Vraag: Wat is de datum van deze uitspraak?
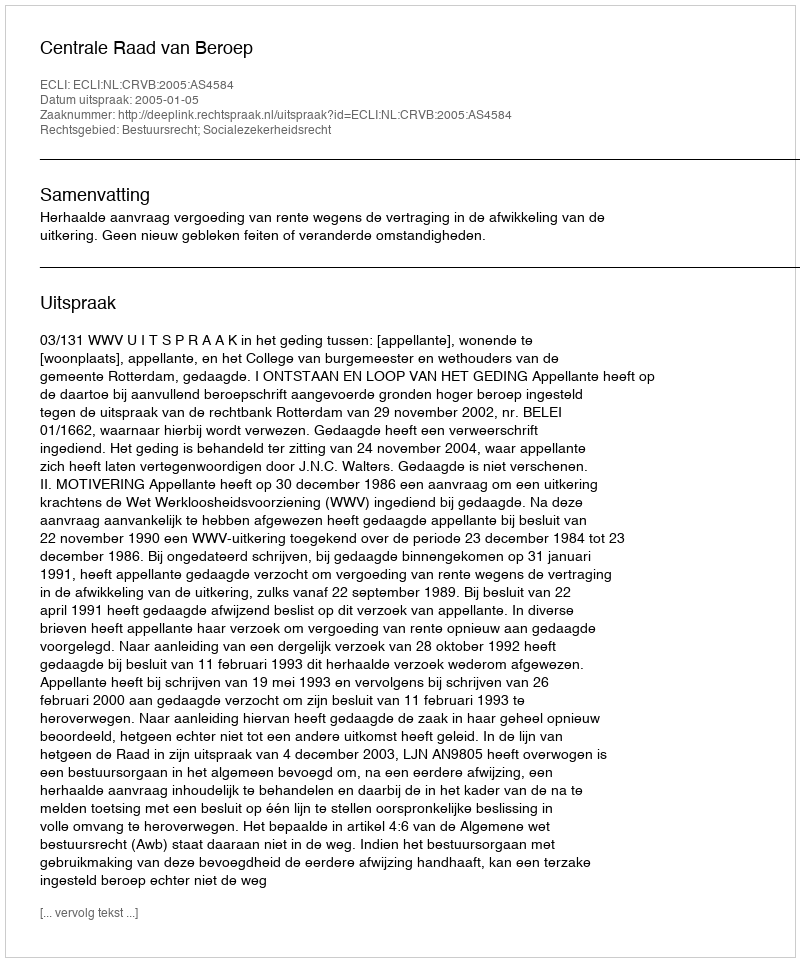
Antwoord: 2005-01-05